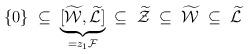
LaTeX: \begin{align*} \{ 0 \} \; \subseteq \; \underbrace{[\widetilde{\mathcal{W}}, \widetilde{\mathcal{L}}]}_{= z_1 \mathcal{F}} \; \subseteq \; \widetilde{\mathcal{Z}} \; \subseteq \; \widetilde{\mathcal{W} } \; \subseteq \; \widetilde{\mathcal{L}} \end{align*}